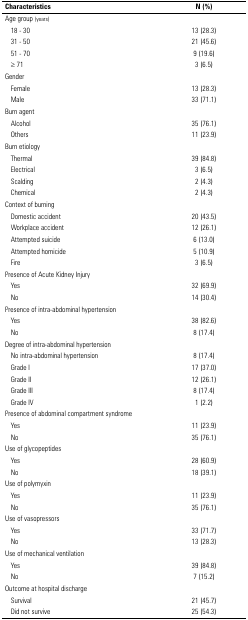
<table><thead><tr><td><b> Characteristics </b></td><td><b>N (%)</b></td></tr></thead><tbody><tr><td>Age group (years)</td><td> </td></tr><tr><td>18 - 30</td><td>13 (28.3)</td></tr><tr><td>31 - 50</td><td>21 (45.6)</td></tr><tr><td>51 - 70</td><td>9 (19.6)</td></tr><tr><td>≥ 71</td><td>3 (6.5)</td></tr><tr><td>Gender</td><td> </td></tr><tr><td>Female</td><td>13 (28.3)</td></tr><tr><td>Male</td><td>33 (71.1)</td></tr><tr><td>Burn agent</td><td> </td></tr><tr><td>Alcohol</td><td>35 (76.1)</td></tr><tr><td>Others</td><td>11 (23.9)</td></tr><tr><td>Burn etiology</td><td> </td></tr><tr><td>Thermal</td><td>39 (84.8)</td></tr><tr><td>Electrical</td><td>3 (6.5)</td></tr><tr><td>Scalding</td><td>2 (4.3)</td></tr><tr><td>Chemical</td><td>2 (4.3)</td></tr><tr><td>Context of burning</td><td> </td></tr><tr><td>Domestic accident</td><td>20 (43.5)</td></tr><tr><td>Workplace accident</td><td>12 (26.1)</td></tr><tr><td>Attempted suicide</td><td>6 (13.0)</td></tr><tr><td>Attempted homicide</td><td>5 (10.9)</td></tr><tr><td>Fire</td><td>3 (6.5)</td></tr><tr><td>Presence of Acute Kidney Injury </td><td> </td></tr><tr><td>Yes</td><td>32 (69.9)</td></tr><tr><td>No</td><td>14 (30.4)</td></tr><tr><td>Presence of intra-abdominal hypertension </td><td> </td></tr><tr><td>Yes</td><td>38 (82.6)</td></tr><tr><td>No</td><td>8 (17.4)</td></tr><tr><td>Degree of intra-abdominal hypertension </td><td> </td></tr><tr><td>No intra-abdominal hypertension</td><td>8 (17.4)</td></tr><tr><td>Grade I</td><td>17 (37.0)</td></tr><tr><td>Grade II</td><td>12 (26.1)</td></tr><tr><td>Grade III</td><td>8 (17.4)</td></tr><tr><td>Grade IV</td><td>1 (2.2)</td></tr><tr><td>Presence of abdominal compartment syndrome </td><td> </td></tr><tr><td>Yes</td><td>11 (23.9)</td></tr><tr><td>No</td><td>35 (76.1)</td></tr><tr><td>Use of glycopeptides</td><td> </td></tr><tr><td>Yes</td><td>28 (60.9)</td></tr><tr><td>No</td><td>18 (39.1)</td></tr><tr><td>Use of polymyxin</td><td> </td></tr><tr><td>Yes</td><td>11 (23.9)</td></tr><tr><td>No</td><td>35 (76.1)</td></tr><tr><td>Use of vasopressors</td><td> </td></tr><tr><td>Yes</td><td>33 (71.7)</td></tr><tr><td>No</td><td>13 (28.3)</td></tr><tr><td>Use of mechanical ventilation</td><td> </td></tr><tr><td>Yes</td><td>39 (84.8)</td></tr><tr><td>No</td><td>7 (15.2)</td></tr><tr><td>Outcome at hospital discharge</td><td> </td></tr><tr><td>Survival</td><td>21 (45.7)</td></tr><tr><td>Did not survive</td><td>25 (54.3)</td></tr></tbody></table>